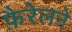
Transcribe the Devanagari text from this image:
फ़ैरेलने